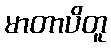
မာတာပိတူ